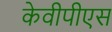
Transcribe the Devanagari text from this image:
केवीपीएस